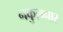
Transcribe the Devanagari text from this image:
नकुलनार